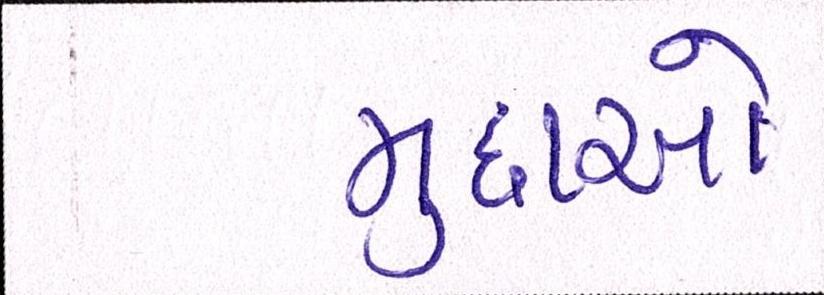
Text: મુદ્દાઓ